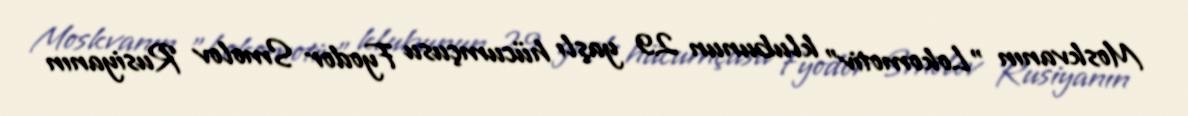
Moskvanın "Lokomotiv" klubunun 29 yaşlı hücumçusu Fyodor Smolov Rusiyanın